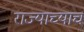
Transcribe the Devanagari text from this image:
राज्याच्याच